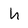
Character: h